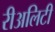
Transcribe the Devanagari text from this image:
रीअलिटी